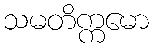
သမတိက္ကမော